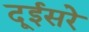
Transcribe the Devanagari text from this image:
दूईसरे